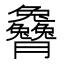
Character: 𰯭